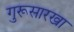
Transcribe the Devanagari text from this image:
गुरूसारखा